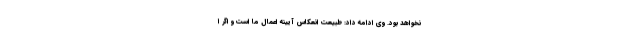
نخواهد بود. وی ادامه داد: طبیعت انعکاس آیینه اعمال ما است و اگر ا